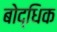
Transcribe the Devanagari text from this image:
बोद्धिक